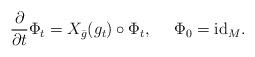
LaTeX: \begin{align*}\frac{\partial}{\partial t} \Phi_{t} = X_{\bar{g}} (g_{t}) \circ \Phi_{t},~~~~\Phi_{0} = \mathrm{id}_{M}.\end{align*}